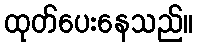
ထုတ်ပေးနေသည်။